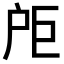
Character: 𪭘